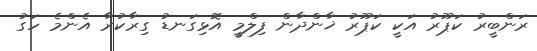
ރަންބީރު ކަޕޫރު އަކީ ކަޕޫރު ޚާންދާން ފިލްމީ އޮޅިގަނޑު ގިރާކުރާ އެންމެ ހަގު